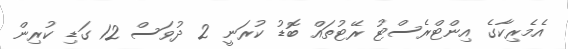
އެމެރިކާގެ އިންޓްރެސްޓު ރޭޓުތައް ބޮޑު ކުރަނީ 2 ދުވަސް 12 ގަޑި ކުރިން